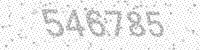
Solution: 546785